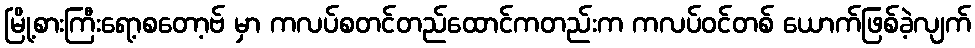
မြို့စားကြီးရော့စတော့ဗ် မှာ ကလပ်စတင်တည်ထောင်ကတည်းက ကလပ်ဝင်တစ် ယောက်ဖြစ်ခဲ့လျက်